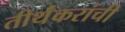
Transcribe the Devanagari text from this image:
तीर्थंकरांची